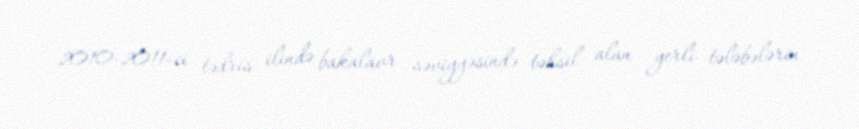
2010-2011-ci tədris ilində bakalavr səviyyəsində təhsil alan yerli tələbələrin